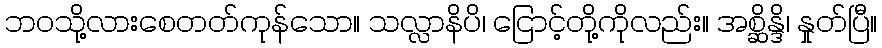
ဘဝသို့လားစေတတ်ကုန်သော။ သလ္လာနိပိ၊ ငြောင့်တို့ကိုလည်း။ အစ္ဆိန္ဒိ၊ နှုတ်ပြီ။